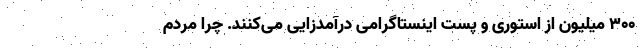
۳۰۰ میلیون از استوری و پست اینستاگرامی درآمدزایی می‌کنند. چرا مردم